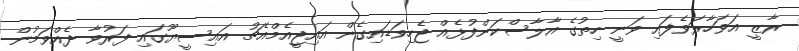
ރާޒީ އަވަހާރަވެފައި ވަނީ ހިތުގެ އާލާސްކަންފުޅެއް ޖެހިވަޑައިގެން އައިޖީއެމްއެޗު އައިސީޔޫގައި ފަރުވާ ދެއްވަމުން